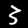
Digit: 3